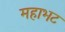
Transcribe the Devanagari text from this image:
महाभट